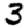
Digit: 3